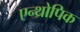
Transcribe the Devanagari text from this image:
एन्थ्रोपिक